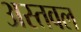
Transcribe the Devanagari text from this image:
अस्तवल